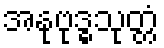
အနုဗုဒ္ဓသုတ္တံ